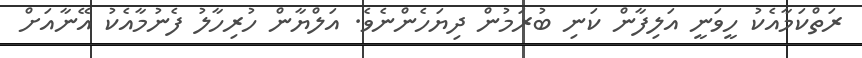
ރަތްކަމާއެކު ހީވަނީ އަލިފާން ކަނި ބުރަމުން ދިޔަހެންނެވެ. އަލްޔާން ހުރިހާލު ފެނުމާއެކު އޭނާއަށް